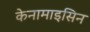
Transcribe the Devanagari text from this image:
केनामाइसिन